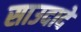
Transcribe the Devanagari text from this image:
साउदादे